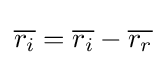
{\overline {r_{i}}}={\overline {r_{i}}}-{\overline {r_{r}}}